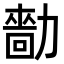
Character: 𠢳